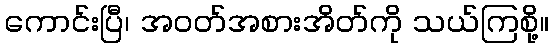
ကောင်းပြီ၊ အဝတ်အစားအိတ်ကို သယ်ကြစို့။